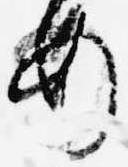
め